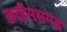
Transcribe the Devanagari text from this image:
छत्तीससगड